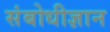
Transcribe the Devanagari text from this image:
संबोधीज्ञान